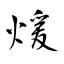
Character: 煖